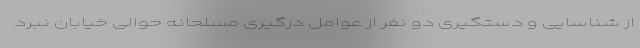
از شناسایی و دستگیری دو نفر از عوامل درگیری مسلحانه حوالی خیابان نبرد